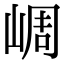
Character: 㟘